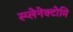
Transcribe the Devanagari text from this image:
स्प्लेनेक्टोमि